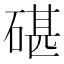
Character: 碪